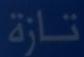
تنازة